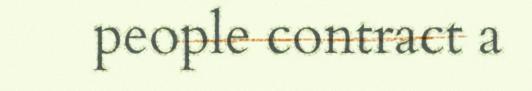
people contract a